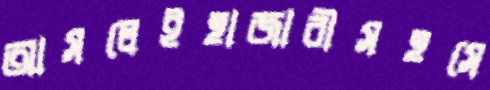
আসলেইহাজারীসহসে